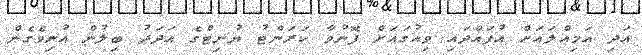
އަދި އަމިއްލައަށް އުފައްދައި ވިއުގައަށް ފޮނުވާ ކަރަންޓު ޔުނިޓްގެ އަދަދު ބިލުން އުނިވެގެން